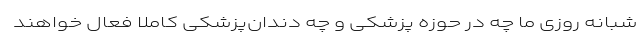
شبانه روزی ما چه در حوزه پزشکی و چه دندان‌پزشکی کاملا فعال خواهند